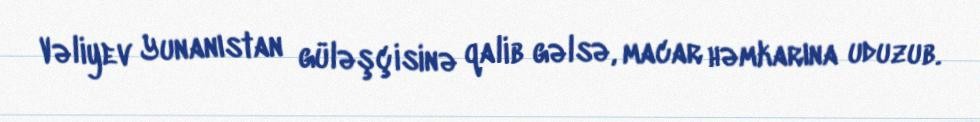
Vəliyev Yunanıstan güləşçisinə qalib gəlsə, macar həmkarına uduzub.